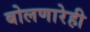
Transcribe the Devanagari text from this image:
बोलणारेही